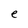
Character: e